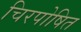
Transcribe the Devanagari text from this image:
चिरपोषित